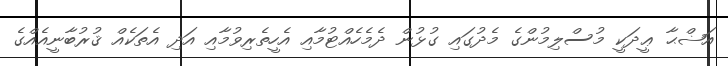
އަޟްޙާ ޢީދަކީ މުސްލިމުންގެ މެދުގައި ގުޅުން ދެމެހެއްޓުމާއި އެހީތެރިވުމާއި އަދި އެތަކެއް ޤުރުބާނީއެއްގެ